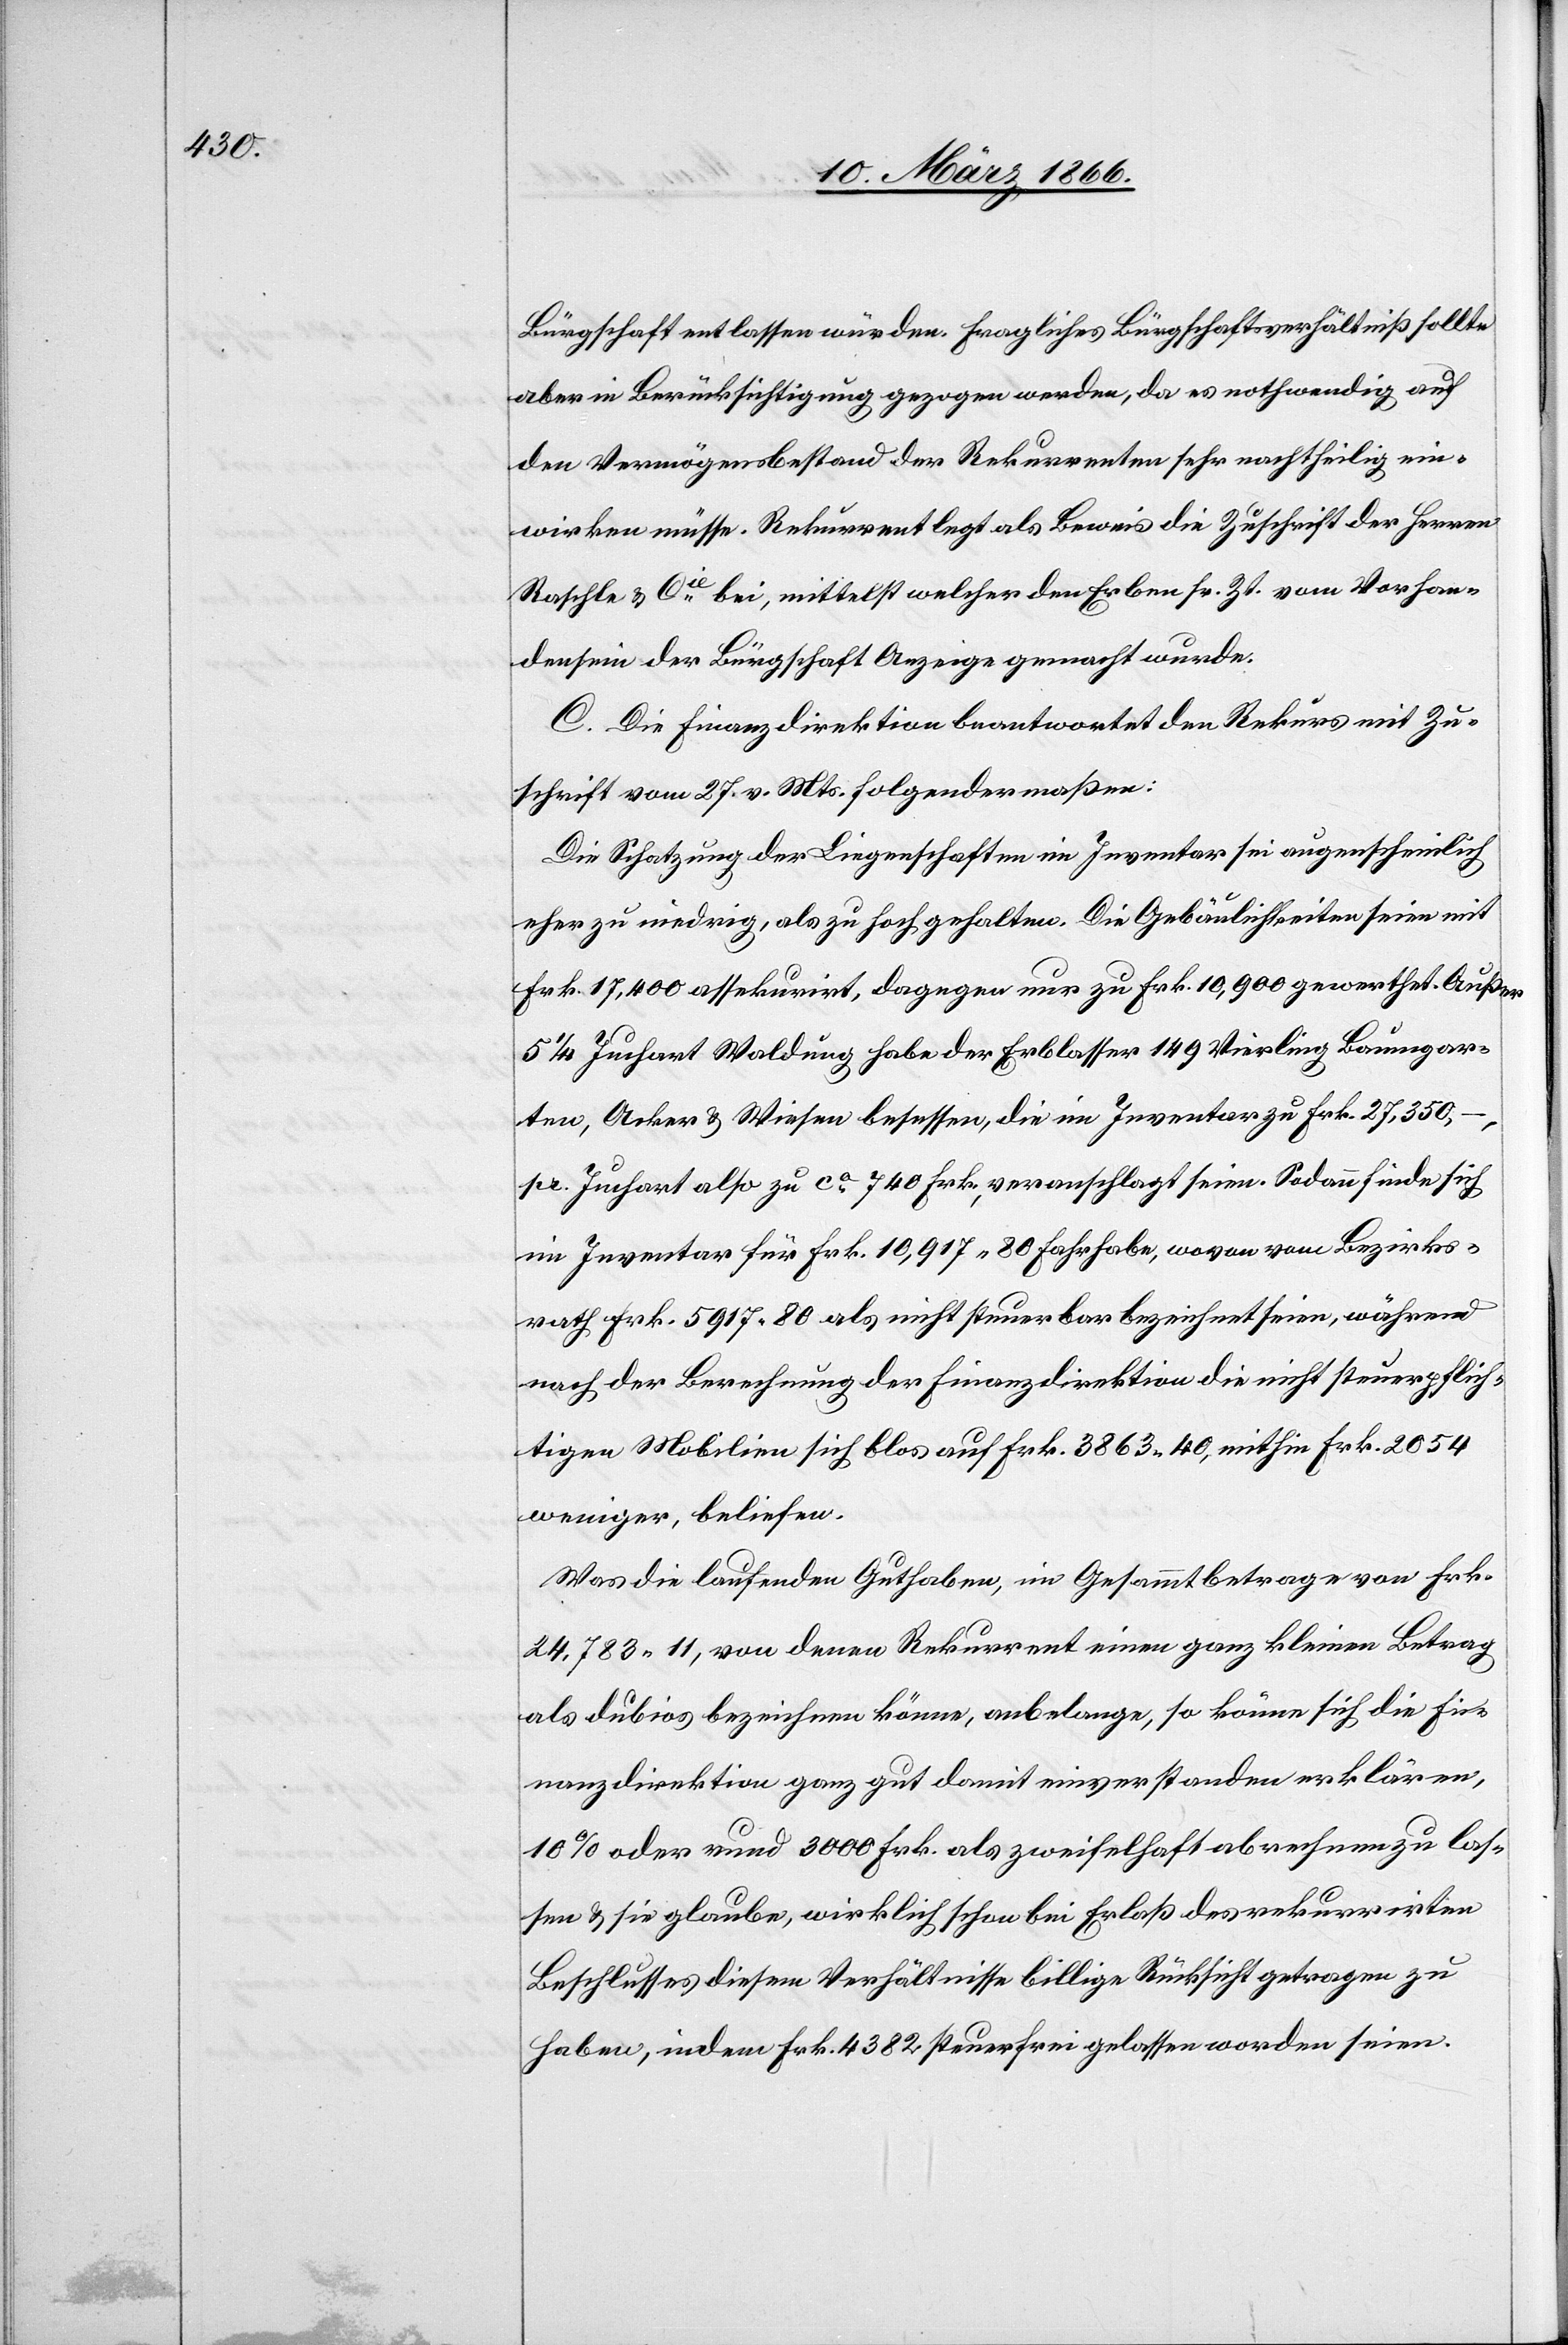
Bürgschaft entlassen würden. Fragliches Bürgschaftsverhältniß sollte
aber in Berücksichtigung gezogen werden, da es nothwendig auf
den Vermögensbestand der Rekurrenten sehr nachtheilig ein¬
wirken müsse. Rekurrent legt als Beweis die Zuschrift der Herren
Raschle & Cie. bei, mittelst welcher den Erben sr. Zt. vom Vorhan¬
densein der Bürgschaft Anzeige gemacht wurde.
C. Die Finanzdirektion beantwortet den Rekurs mit Zu¬
schrift vom 27. v. Mts. folgendermaßen:
Die Schatzung der Liegenschaften im Inventar sei augenscheinlich
eher zu niedrig, als zu hoch gehalten. Die Gebäulichkeiten seien mit
Frk. 17 400 assekurirt, dagegen nur zu Frk. 10 900 gewerthet. Außer
5 1/4 Juchart Waldung habe der Erblasser 149 Vierling Baumgar¬
ten, Acker u. Wiesen besessen, die im Inventar zu Frk. 27 350
pr. Juchart also zu ca. 740 Frk., veranschlagt seien. Sodann finde sich
im Inventar für Frk. 10 917 80 Fahrhabe, wovon vom Bezirks¬
rath Frk. 5917,80 als nicht steuerbar bezeichnet seien, während
nach der Berechnung der Finanzdirektion die nicht steuerpflich¬
tigen Mobilien sich blos auf Frk. 3863 40, mithin Frk. 2054
weniger, beliefen.
Was die laufenden Guthaben, im Gesammtbetrage von Frk.
24 783,11, von denen Rekurrent einen ganz kleinen Betrag
als dubios bezeichnen könne, anbelange, so könne sich die Fi¬
nanzdirektion ganz gut damit einverstanden erklären,
10% oder rund 3000 Frk. als zweifelhaft abrechnen zu las¬
sen u. sie glaube, wirklich schon bei Erlaß des rekurrirten
Beschlusses diesem Verhältnisse billig Rücksicht getragen zu
haben, indem Frk. 4382 steuerfreu gelassen worden seien.